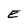
Character: E